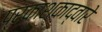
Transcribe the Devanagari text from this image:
प्रकाशकाद्वारे